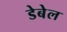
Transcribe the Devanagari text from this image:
डेबेल